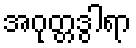
အဂုတ္တဒွါရာ